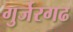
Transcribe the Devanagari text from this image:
गुर्जरगढ